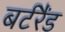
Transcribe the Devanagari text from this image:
बर्टरैंड